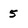
Character: 5